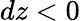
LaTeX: dz<0